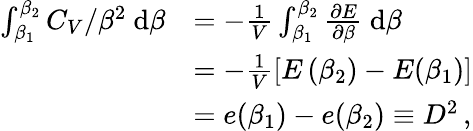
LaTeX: \begin{array}{rl}{\int_{\beta_{1}}^{\beta_{2}}C_{V}/\beta^{2}~\mathrm d\beta}&{=-\frac 1V\int_{\beta_{1}}^{\beta_{2}}\frac{\partial E}{\partial\beta}~\mathrm d\beta}\\ &{=-\frac 1V\left[E\left(\beta_{2}\right)-E(\beta_{1})\right]}\\ &{=e(\beta_{1})-e(\beta_{2})\equiv D^{2}\, ,}\end{array}